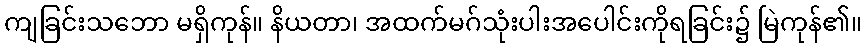
ကျခြင်းသဘော မရှိကုန်။ နိယတာ၊ အထက်မဂ်သုံးပါးအပေါင်းကိုရခြင်း၌ မြဲကုန်၏။